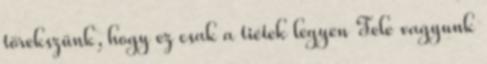
törekszünk, hogy ez csak a tiétek legyen Tele vagyunk